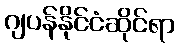
ဂျပန်နိုင်ငံဆိုင်ရာ